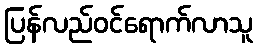
ပြန်လည်ဝင်ရောက်လာသူ